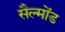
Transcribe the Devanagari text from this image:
सैल्मोंड